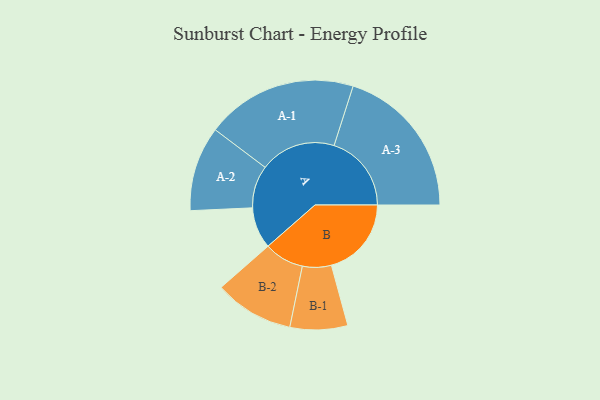
{"axis": {"x": "Segment", "y": "Value"}, "legend": ["", "A", "B"], "data": [{"x": "A", "y": 155, "type": ""}, {"x": "B", "y": 300, "type": ""}, {"x": "A-1", "y": 284, "type": "A"}, {"x": "A-2", "y": 159, "type": "A"}, {"x": "A-3", "y": 290, "type": "A"}, {"x": "B-1", "y": 108, "type": "B"}, {"x": "B-2", "y": 149, "type": "B"}]}